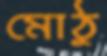
মোঠু